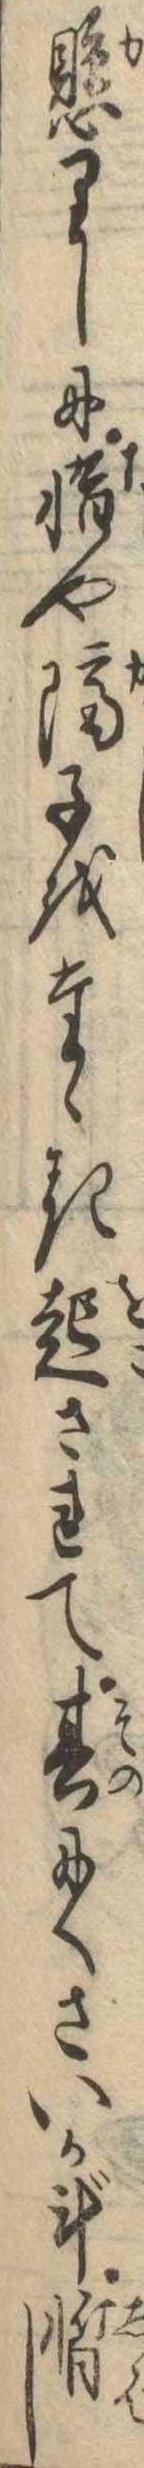
懸りしに惜や隔子をたゝき起されて其にくさいか斗暫し